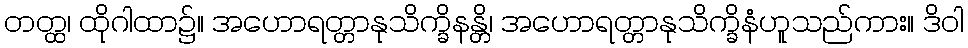
တတ္ထ၊ ထိုဂါထာ၌။ အဟောရတ္တာနုသိက္ခိနန္တိ၊ အဟောရတ္တာနုသိက္ခိနံဟူသည်ကား။ ဒိဝါ